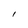
Character: I